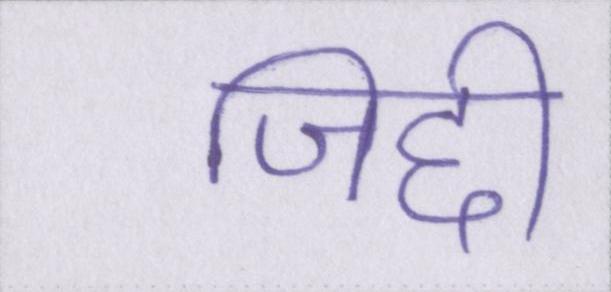
जिद्दी